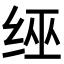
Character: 𦈊